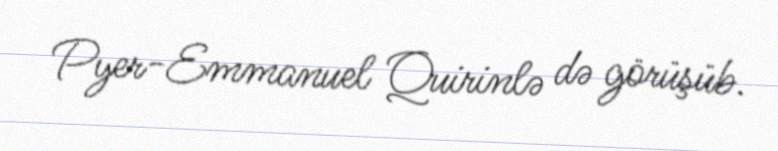
Pyer-Emmanuel Quirinlə də görüşüb.